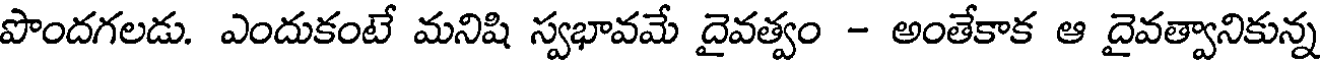
పొందగలడు. ఎందుకంటే మనిషి స్వభావమే దైవత్వం - అంతేకాక ఆ దైవత్వానికున్న